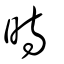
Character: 時